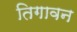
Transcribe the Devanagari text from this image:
तिगावन